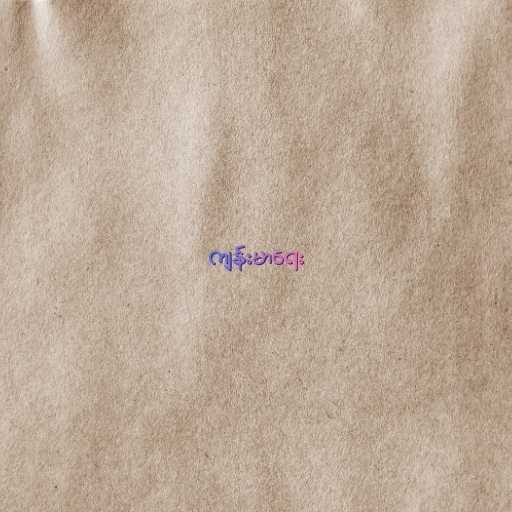
ကျန်းမာရေး